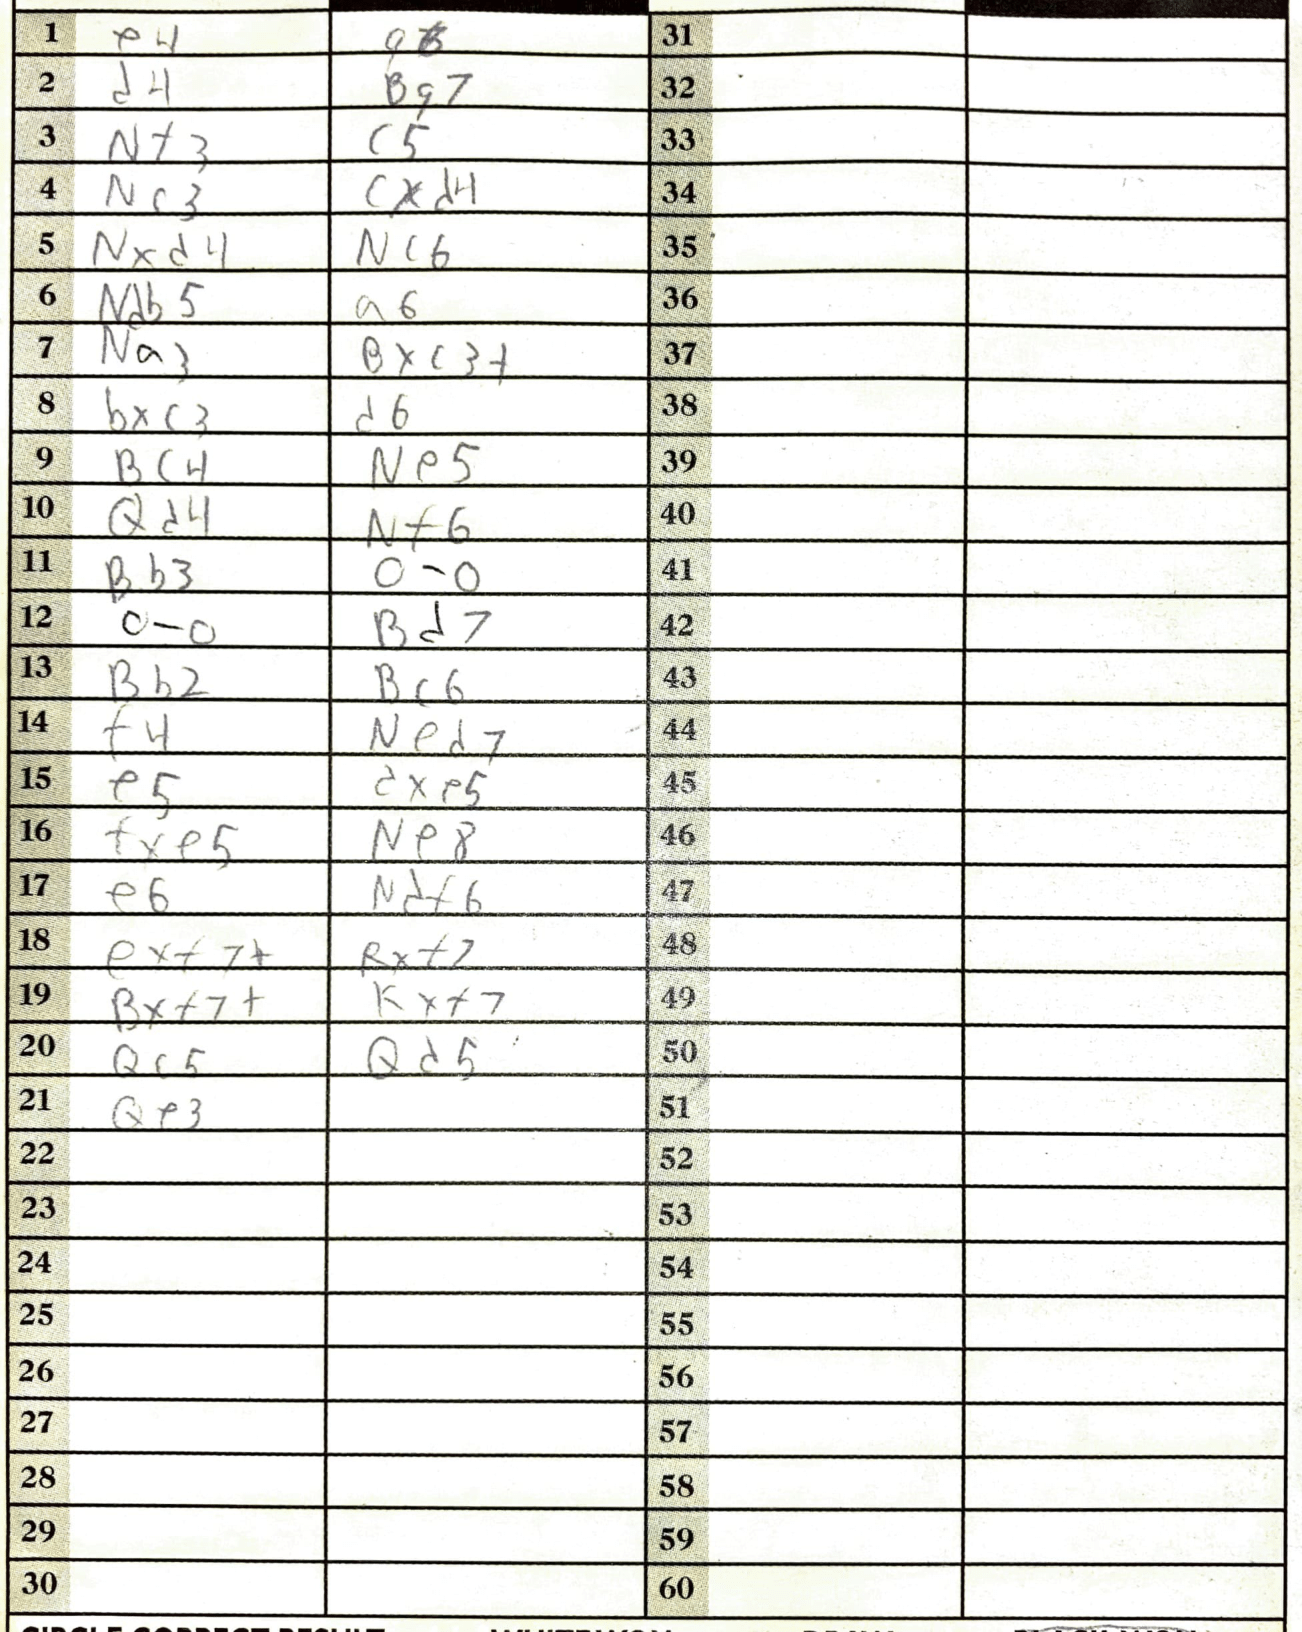
Moves: e4 g6 d4 Bg7 Nf3 c5 Nc3 cxd4 Nxd4 Nc6 Ndb5 a6 Na3 Bxc3+ bxc3 d6 Bc4 Ne5 Qd4 Nf6 Bb3 O-O O-O Bd7 Bb2 Bc6 f4 Ned7 e5 dxe5 fxe5 Ne8 e6 Ndf6 exf7+ Rxf7 Bxf7+ Kxf7 Qc5 Qd5 Qe3